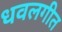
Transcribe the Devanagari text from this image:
धवलगीत